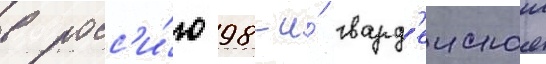
в росс'и́ю 98-и́ гвард'еискои